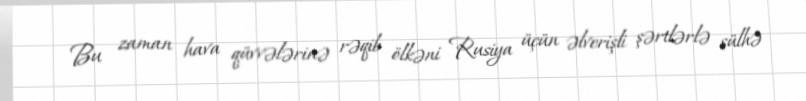
Bu zaman hava qüvvələrinə rəqib ölkəni Rusiya üçün əlverişli şərtlərlə sülhə